Annual administration report of the Civil Veterinary Department of India - 1898-1899
Year: 1898
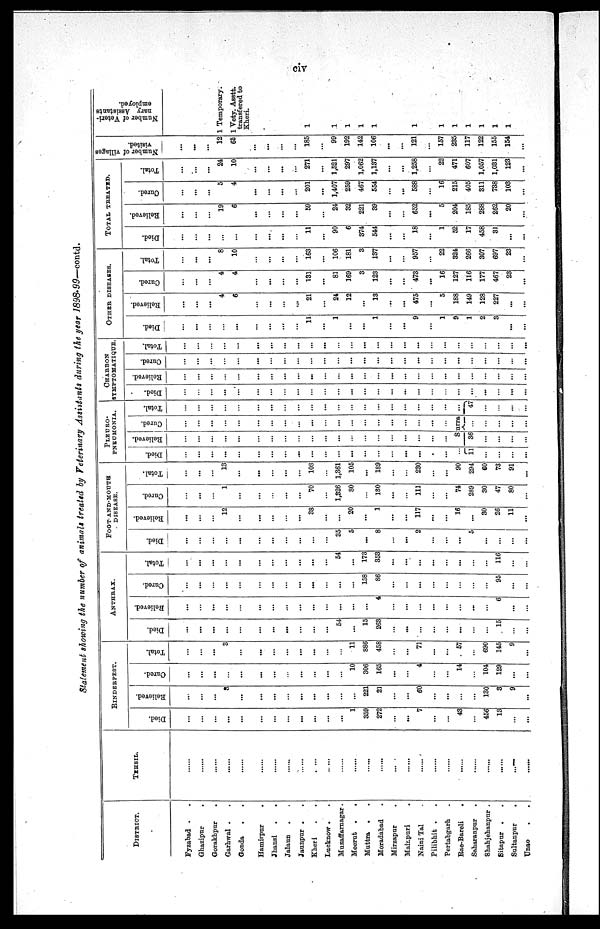
civ
Statement showing the number of animals treated by Veterinary Assistants during the year 1898-99—contd.
DISTRICT.
Fyzabad . .
Ghazipur .
Gorakhpur .
Garhwal . .
Gonda . .
Hamirpur
. .
Jhansi
.
.
Jalaun . .
Jaunpur . .
Kheri . .
Lucknow .
Muzaffarnagar.
Meerut .
.
Muttra . .
Moradabad .
Mirzapur .
Mainpuri .
Naini Tal .
Pilibhit . .
Pertabgarh .
Rae-Bareli
.
Saharanpur .
Shahjehanpur .
Sitcapur . .
Sultanpur .
Unao
.
.
TEHSIL.
......
......
......
......
......
......
......
......
......
......
......
......
......
......
......
......
......
......
......
......
......
......
......
......
......
......
RINDERPEST.
Died.
...
...
...
...
...
...
...
...
...
...
...
...
1
359
272
...
...
7
...
...
43
...
456
13
...
...
Relieved.
...
...
...
8
...
...
...
...
...
...
...
...
...
221
21
...
...
60
...
...
...
...
130
3
9
...
Cured.
...
...
...
...
...
...
...
...
...
...
...
...
10
306
165
...
...
4
...
...
14
...
104
129
...
...
Total.
...
...
...
3
...
...
...
...
...
...
...
...
11
886
458
...
...
73
...
...
57
...
690
145
9
...
ANTHRAX.
Died.
...
...
...
...
...
...
...
...
...
...
...
54
...
15
263
...
...
...
...
...
...
...
...
15
...
...
Relieved.
...
...
...
...
...
...
...
...
...
...
...
...
...
...
4
...
...
...
...
...
...
...
...
6
...
...
Cured.
...
...
...
...
...
...
...
...
...
...
...
...
...
158
86
...
...
...
...
...
...
...
...
95
...
...
Total.
...
...
...
...
...
...
...
...
...
...
...
54
...
173
353
...
...
...
...
...
...
...
...
116
...
...
FOOT-AND-MOUTH
DISEASE.
Died.
...
...
...
...
...
...
...
...
...
...
...
35
5
...
8
...
...
2
...
...
...
5
...
...
...
...
Relieved.
...
...
...
12
...
...
...
...
...
38
...
...
20
...
1
...
...
117
...
...
16
...
30
26
11
...
Cured.
...
...
...
1
...
...
...
...
...
70
...
1,326
80
...
180
...
...
111
...
...
74
289
30
47
80
...
Total.
...
...
...
13
...
...
...
...
...
108
...
1,361
105
...
189
...
...
230
...
...
90
294
60
73
91
...
PLEURO-
---------.
Died.
...
...
...
...
...
...
...
...
...
...
...
...
...
...
...
...
.
...
11
...
...
...
Relieved.
...
...
...
...
...
...
...
...
...
...
...
...
...
...
...
...
...
...
...
Cured.
...
...
...
...
...
...
...
...
...
...
...
...
...
...
...
...
...
...
...
...
Surra
36
...
...
...
...
...
...
...
...
...
Total.
...
...
...
...
...
...
...
...
...
...
...
...
...
...
...
...
...
...
...
...
...
47
...
...
...
...
CHARBON
SYMPTOMATIQUE.
Died.
...
...
...
...
...
...
...
...
...
...
...
...
...
...
...
...
...
...
...
...
...
......
...
...
...
...
Relieved.
...
...
...
...
...
...
...
...
...
...
...
...
...
...
...
...
...
...
...
...
...
...
...
...
...
Cured.
...
...
...
...
...
...
...
...
...
...
...
...
...
...
...
...
...
...
...
...
...
...
...
...
...
...
Total.
...
...
...
...
...
...
...
...
...
...
...
...
...
...
...
...
...
...
...
...
...
...
...
...
...
...
OTHER DISEASES.
Died.
...
...
...
...
...
...
...
...
...
11
...
1
...
...
1
...
...
9
...
1
9
1
2
3
...
...
Relieved.
...
...
...
4
6
...
...
...
21
...
24
12
...
13
...
...
475
...
5
188
149
128
227
...
...
Cured.
...
...
...
4
4
...
...
...
131
...
81
169
3
123
...
...
473
...
16
127
116
177
467
23
...
Total.
...
...
...
8
10
...
...
...
...
163
...
106
181
3
137
...
...
957
...
22
324
266
307
697
23
...
TOTAL TREATED.
Died.
...
...
...
...
...
...
...
...
...
11
...
90
6
374
544
...
......
18
......
1
52
17
458
31
...
...
Relieved.
...
...
...
19
6
...
...
...
...
59
...
24
32
221
39
...
...
652
...
5
204
185
288
262
20
...
Cured.
...
...
...
5
4
...
...
...
...
201
...
1,407
259
467
554
...
...
588
...
16
215
405
311
738
103
......
Total.
...
...
...
24
10
...
...
...
...
271
...
1,521
297
1,062
1,137
...
...
1,258
...
22
471
607
1,057
1,031
123
...
Number of villages
visited.
...
...
...
12
65
...
...
...
...
185
...
99
192
142
106
...
...
121
...
157
235
117
122
155
154
...
Number of Veteri-
nary Assistants
employed.
1 Temporary
1 Vety. Asstt
transfered to
Kheri.
1
1
1
1
1
1
1
1
1
1
1
1